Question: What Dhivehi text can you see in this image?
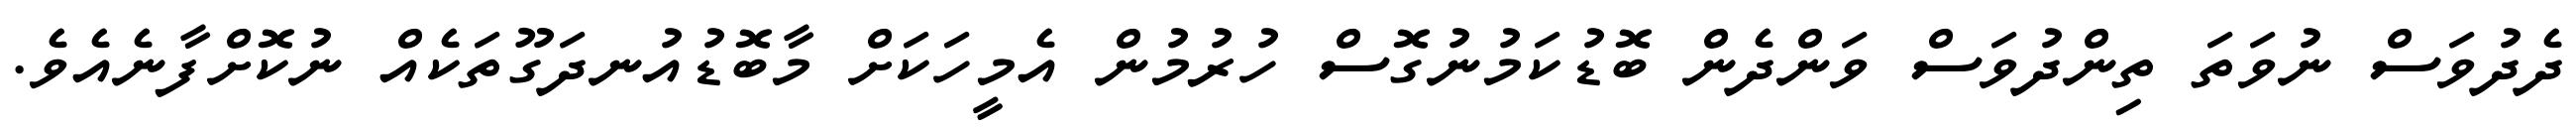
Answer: ދެދުވަސް ނުވަތަ ތިންދުވަސް ވަންދެން ބޮޑުކަމުނުގޮސް ހުރުމުން އެމީހަކަށް މާބޮޑުއުނދަގޫތަކެއް ނުކޮށްފާނެއެވެ.